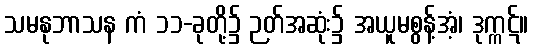
သမနုဘာသန ကံ ၁၁-ခုတို့၌ ဉတ်အဆုံး၌ အယူမစွန့်အံ့၊ ဒုက္ကဋ်။